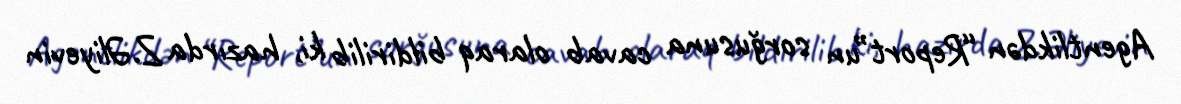
Agentlikdən “Report”un sorğusuna cavab olaraq bildirilib ki, hazırda Z.Əliyevin